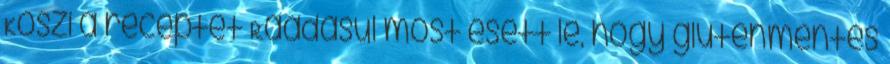
Köszi a receptet Ráadásul most esett le, hogy gluténmentes